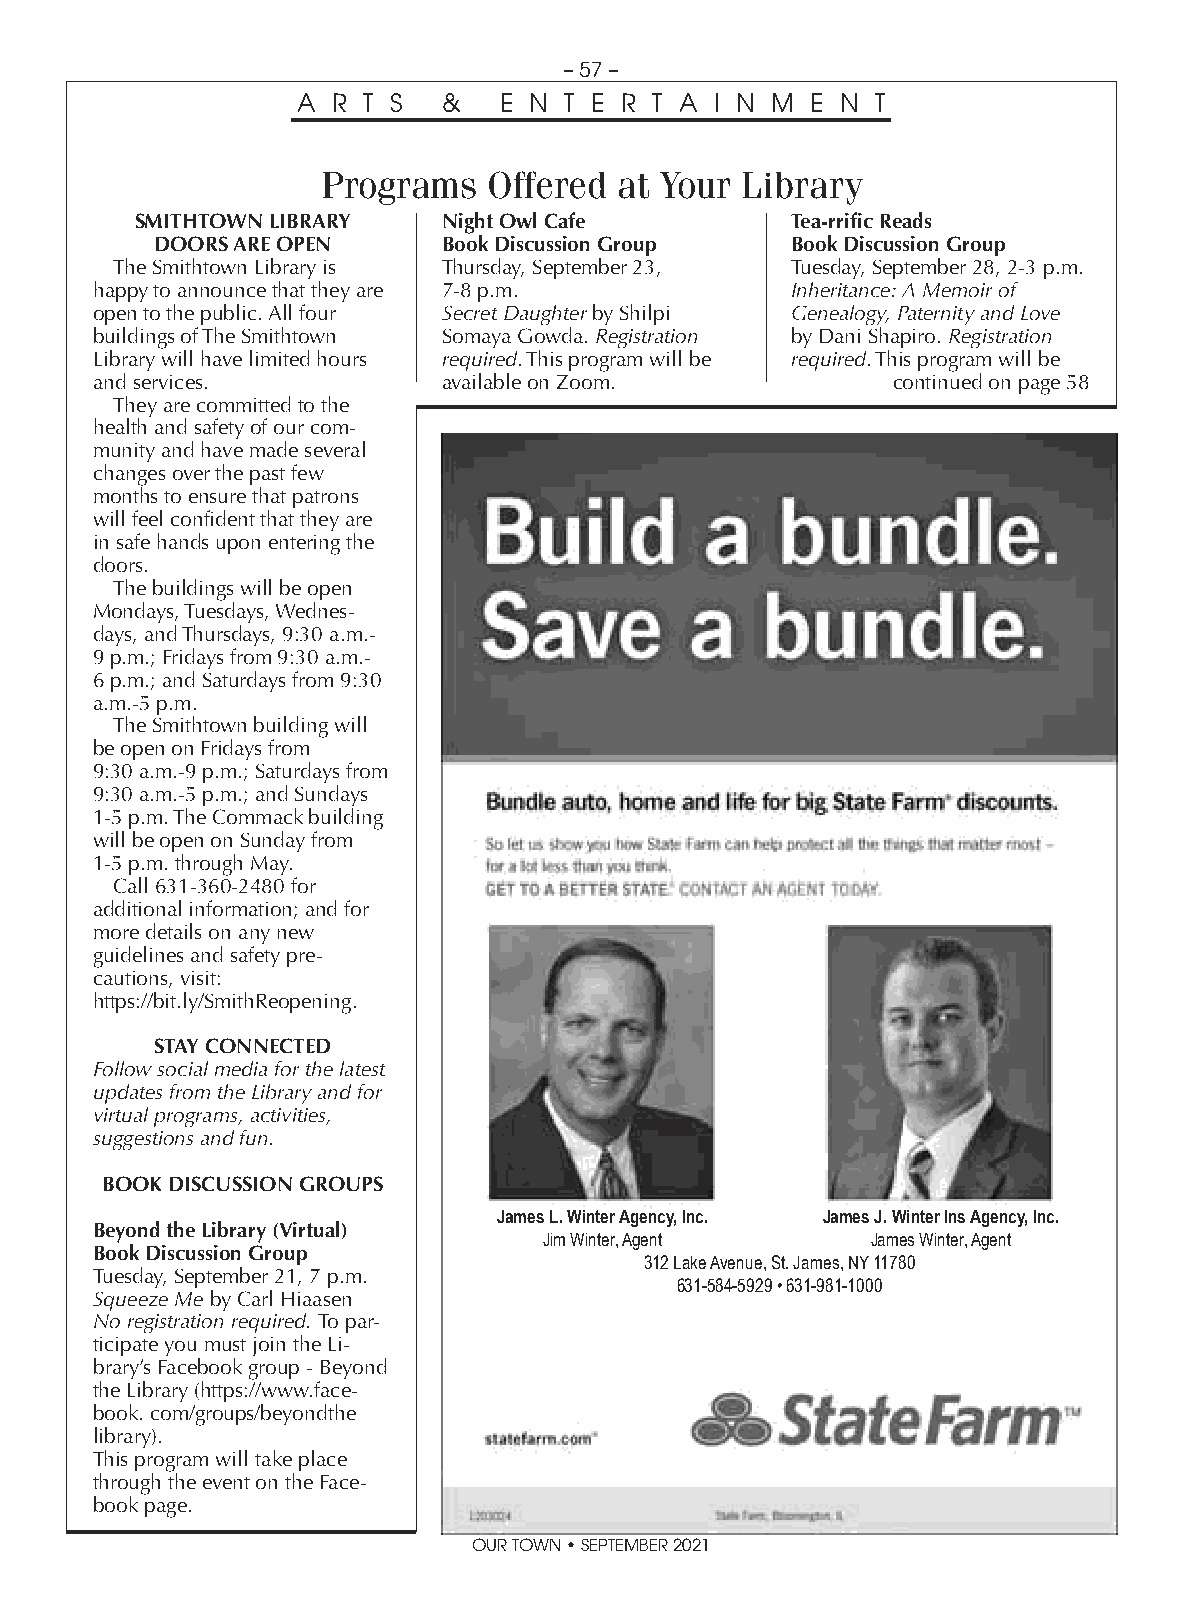
– 57 –
 A R T S  &   E N T E R T A I N M  E N T
 Programs   Offered  at Your Library
 SMITHTOWN LIBRARY   Night Owl Cafe         Tea-rrific Reads
 DOORS ARE OPEN     Book Discussion Group  Book Discussion Group
 The Smithtown Library is Thursday, September 23, Tuesday, September 28, 2-3 p.m.
 happy to announce that they are 7-8 p.m.      Inheritance: A Memoir of
 open to the public. All four Secret Daughter by Shilpi Genealogy, Paternity and Love
 buildings of The Smithtown Somaya Gowda. Registration by Dani Shapiro. Registration
 Library will have limited hours required. This program will be required. This program will be
 and services.          available on Zoom.            continued on page 58
 They are committed to the
 health and safety of our com-
 munity and have made several
 changes over the past few
 months to ensure that patrons
 will feel confident that they are
 in safe hands upon entering the
 doors.
 The buildings will be open
 Mondays, Tuesdays, Wednes-
 days, and Thursdays, 9:30 a.m.-
 9 p.m.; Fridays from 9:30 a.m.-
 6 p.m.; and Saturdays from 9:30
 a.m.-5 p.m.
 The Smithtown building will
 be open on Fridays from
 9:30 a.m.-9 p.m.; Saturdays from
 9:30 a.m.-5 p.m.; and Sundays
 1-5 p.m. The Commack building
 will be open on Sunday from
 1-5 p.m. through May.
 Call 631-360-2480 for
 additional information; and for
 more details on any new
 guidelines and safety pre-
 cautions, visit:
 https://bit.ly/SmithReopening.
 STAY CONNECTED
 Follow social media for the latest
 updates from the Library and for
 virtual programs, activities,
 suggestions and fun.
 BOOK DISCUSSION GROUPS
 James L. Winter Agency, Inc. James J. Winter Ins Agency, Inc.
 Beyond the Library (Virtual)
 Jim Winter, Agent     James Winter, Agent
 Book Discussion Group
 312 Lake Avenue, St. James, NY 11780
 Tuesday, September 21, 7 p.m.
 631-584-5929 • 631-981-1000
 Squeeze Me by Carl Hiaasen
 No registration required. To par-
 ticipate you must join the Li-
 brary’s Facebook group - Beyond
 the Library (https://www.face-
 book. com/groups/beyondthe
 library).
 This program will take place
 through the event on the Face-
 book page.
 OUR TOWN • SEPTEMBER 2021